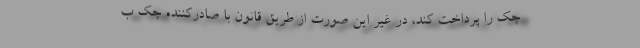
چک را پرداخت کند، در غیر این صورت از طریق قانون با صادرکننده چک ب